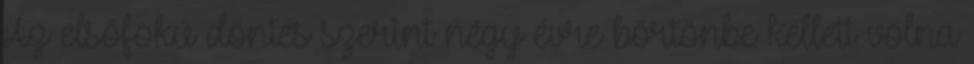
Az elsőfokú döntés szerint négy évre börtönbe kellett volna